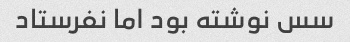
سس نوشته بود اما نفرستاد